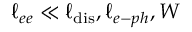
\ell _ { e e } \ll \ell _ { \mathrm { d i s } } , \ell _ { e - p h } , W